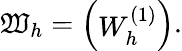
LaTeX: \mathfrak{W}_{h}=\left(\begin{array}{l}{W_{h}^{(1)}}\end{array}\right).